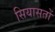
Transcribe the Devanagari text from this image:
सियासतों